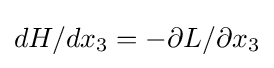
dH/dx_{3}=-\partial L/\partial x_{3}